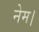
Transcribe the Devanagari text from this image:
नेम।